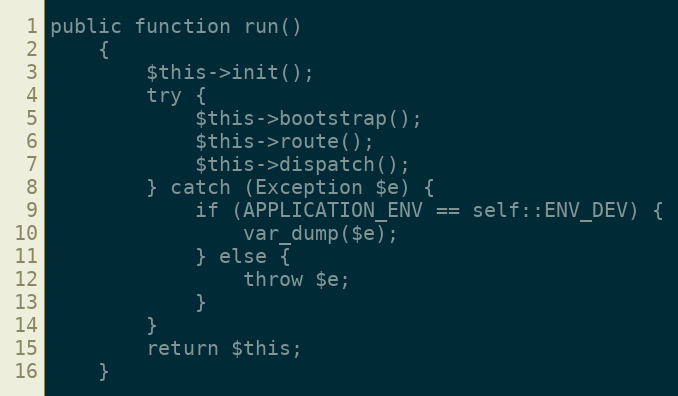
Language: PHP
public function run()
    {
        $this->init();
        try {
            $this->bootstrap();
            $this->route();
            $this->dispatch();
        } catch (Exception $e) {
            if (APPLICATION_ENV == self::ENV_DEV) {
                var_dump($e);
            } else {
                throw $e;
            }
        }
        return $this;
    }